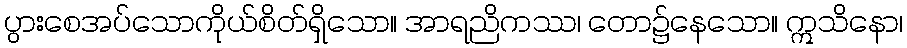
ပွားစေအပ်သောကိုယ်စိတ်ရှိသော။ အာရညိကဿ၊ တော၌နေသော။ ဣသိနော၊